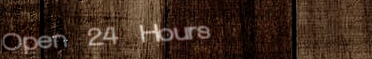
Open 24 Hours